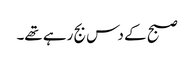
صبح کے دس بج رہے تھے۔